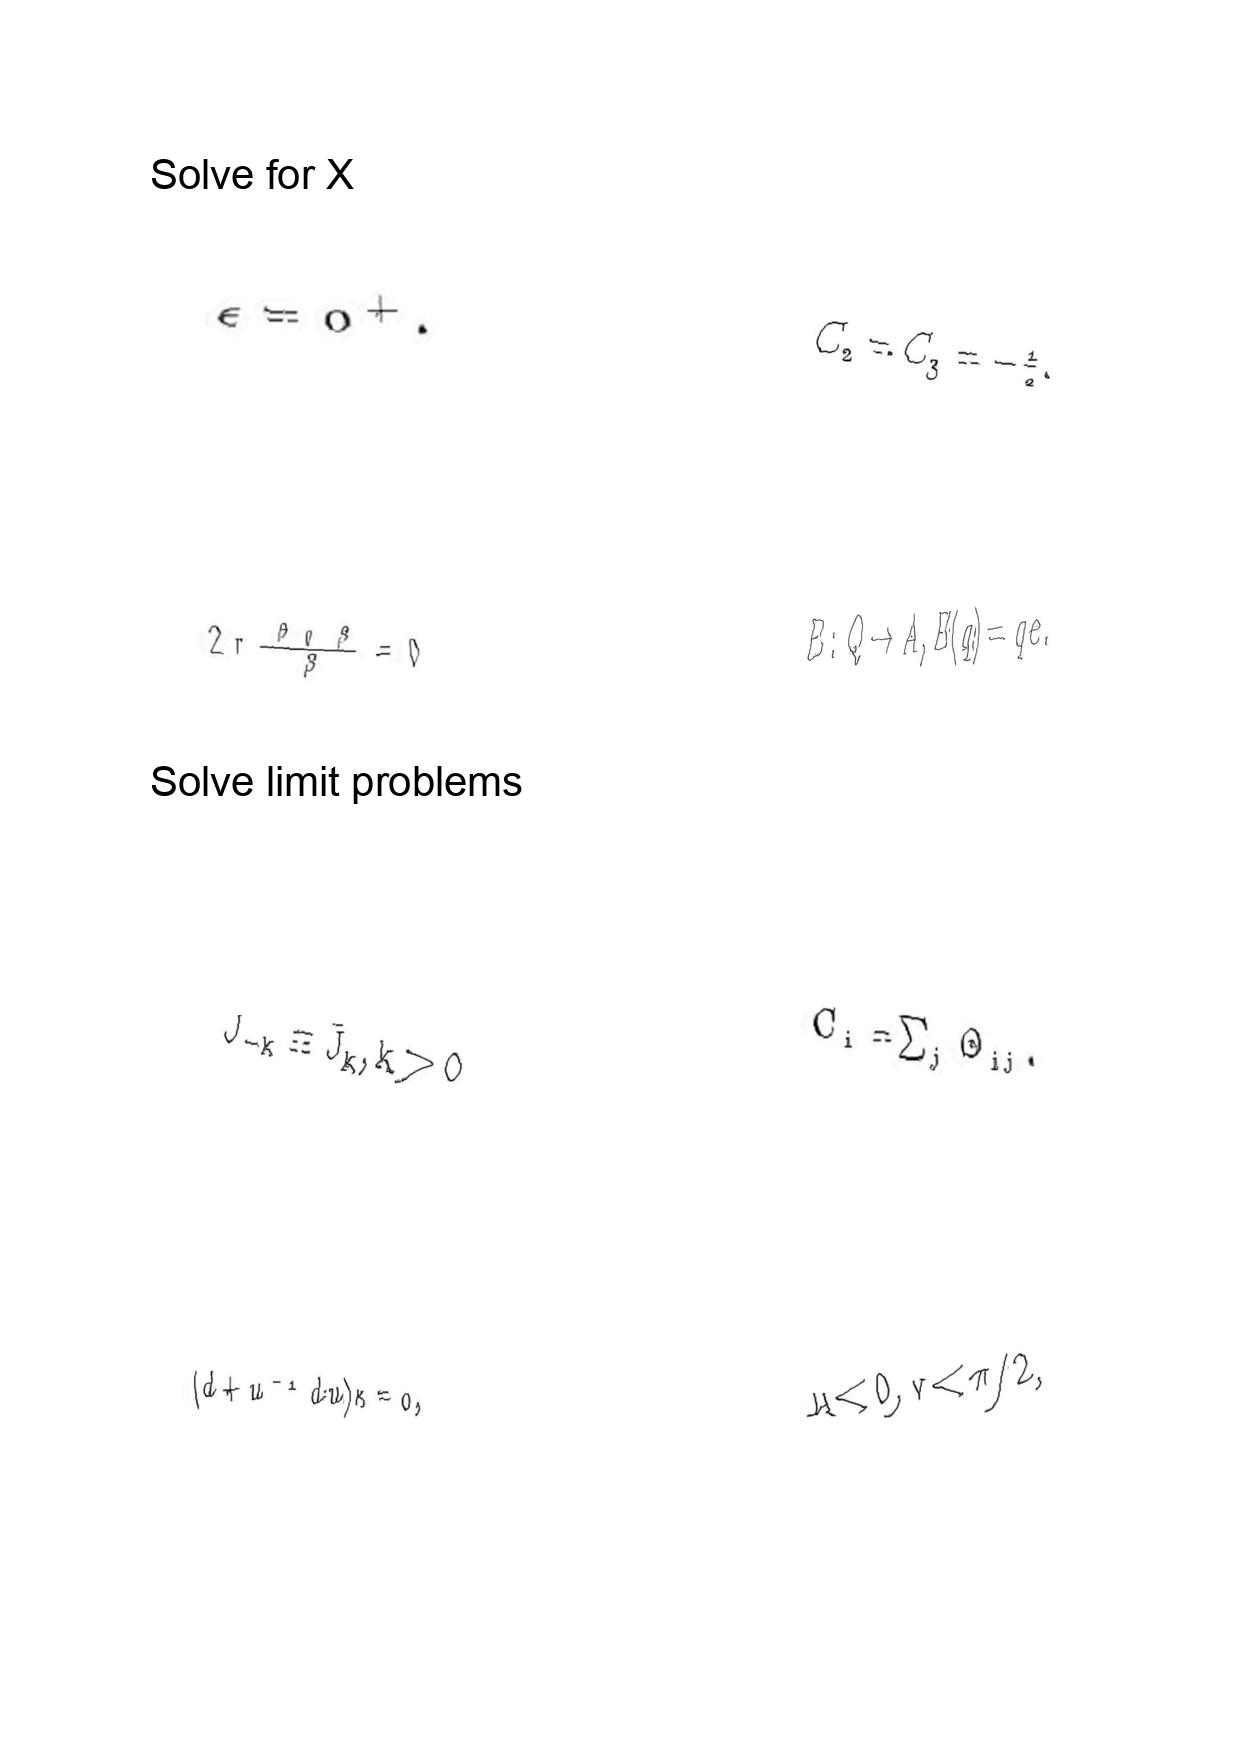
LaTeX transcription:
\epsilon = 0 ^ { + } .
2 r \frac { \partial _ { 0 } \beta } { \beta } = 0
J _ { - k } \equiv \bar { J } _ { k } , k \gt 0
\lparen d + u ^ { - 1 } d u \rparen \kappa = 0 ,
C _ { 2 } = C _ { 3 } = - \frac { 1 } { 2 } .
E : Q \to A , E \lparen q \rparen = q e .
C _ { i } = \sum _ { j } \Theta _ { i j } .
u \lt 0 , v \lt \pi / 2 ,